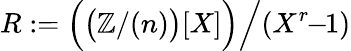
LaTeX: R:={\Bigl(}{\bigl(}\mathbb{Z}/(n){\bigr)}[X]{\Bigr)}{\Bigl/}(X^{r}\! \! -\! \! 1){\Bigr.}